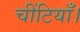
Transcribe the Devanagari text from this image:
चींटियाँ।